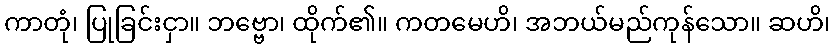
ကာတုံ၊ ပြုခြင်းငှာ။ ဘဗ္ဗော၊ ထိုက်၏။ ကတမေဟိ၊ အဘယ်မည်ကုန်သော။ ဆဟိ၊